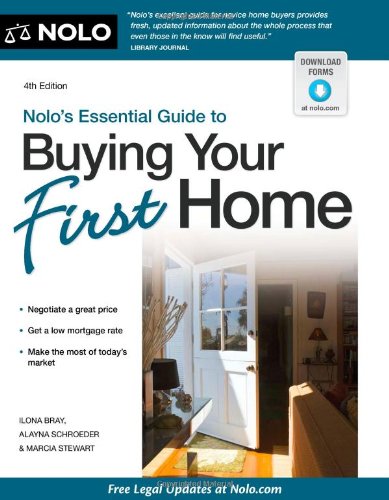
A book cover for Nolo's Essential Guide to Buying Your First Home; Ilona Bray; Business & Money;